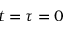
t = \tau = 0